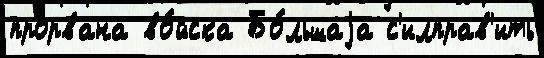
прорвана во́йска Бо́льшаjа с'илправ'ить